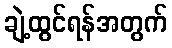
ချဲ့ထွင်ရန်အတွက်